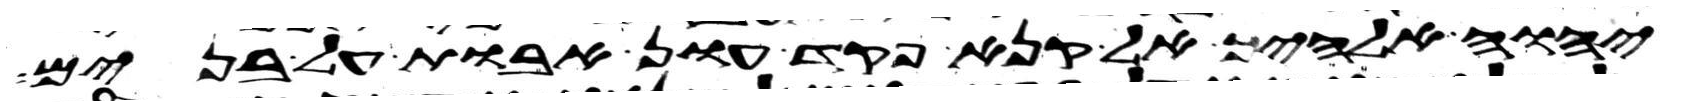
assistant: יהוה אלהיך אל קנא פקד עון אבות על בנים